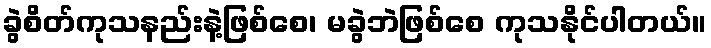
ခွဲစိတ်ကုသနည်းနဲ့ဖြစ်စေ၊ မခွဲဘဲဖြစ်စေ ကုသနိုင်ပါတယ်။